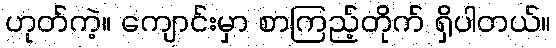
ဟုတ်ကဲ့။ ကျောင်းမှာ စာကြည့်တိုက် ရှိပါတယ်။